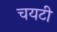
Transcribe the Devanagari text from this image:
चयटी